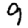
Digit: 9